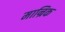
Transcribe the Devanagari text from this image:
मान्रिक